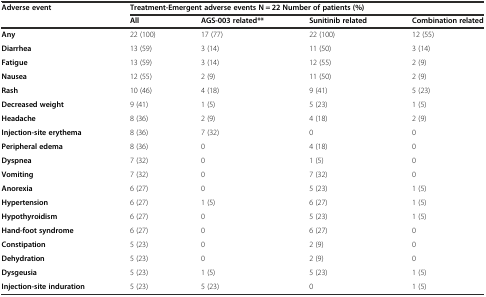
<table><thead><tr><td rowspan="2"><b>Adverse event</b></td><td colspan="4"><b>Treatment-Emergent adverse events N = 22 Number of patients (%)</b></td></tr><tr><td><b>All</b></td><td><b>AGS-003 related**</b></td><td><b>Sunitinib related</b></td><td><b>Combination related</b></td></tr></thead><tbody><tr><td><b>Any</b></td><td>22 (100)</td><td>17 (77)</td><td>22 (100)</td><td>12 (55)</td></tr><tr><td><b>Diarrhea</b></td><td>13 (59)</td><td>3 (14)</td><td>11 (50)</td><td>3 (14)</td></tr><tr><td><b>Fatigue</b></td><td>13 (59)</td><td>3 (14)</td><td>12 (55)</td><td>2 (9)</td></tr><tr><td><b>Nausea</b></td><td>12 (55)</td><td>2 (9)</td><td>11 (50)</td><td>2 (9)</td></tr><tr><td><b>Rash</b></td><td>10 (46)</td><td>4 (18)</td><td>9 (41)</td><td>5 (23)</td></tr><tr><td><b>Decreased weight</b></td><td>9 (41)</td><td>1 (5)</td><td>5 (23)</td><td>1 (5)</td></tr><tr><td><b>Headache</b></td><td>8 (36)</td><td>2 (9)</td><td>4 (18)</td><td>2 (9)</td></tr><tr><td><b>Injection-site erythema</b></td><td>8 (36)</td><td>7 (32)</td><td>0</td><td>0</td></tr><tr><td><b>Peripheral edema</b></td><td>8 (36)</td><td>0</td><td>4 (18)</td><td>0</td></tr><tr><td><b>Dyspnea</b></td><td>7 (32)</td><td>0</td><td>1 (5)</td><td>0</td></tr><tr><td><b>Vomiting</b></td><td>7 (32)</td><td>0</td><td>7 (32)</td><td>0</td></tr><tr><td><b>Anorexia</b></td><td>6 (27)</td><td>0</td><td>5 (23)</td><td>1 (5)</td></tr><tr><td><b>Hypertension</b></td><td>6 (27)</td><td>1 (5)</td><td>6 (27)</td><td>1 (5)</td></tr><tr><td><b>Hypothyroidism</b></td><td>6 (27)</td><td>0</td><td>5 (23)</td><td>1 (5)</td></tr><tr><td><b>Hand-foot syndrome</b></td><td>6 (27)</td><td>0</td><td>6 (27)</td><td>0</td></tr><tr><td><b>Constipation</b></td><td>5 (23)</td><td>0</td><td>2 (9)</td><td>0</td></tr><tr><td><b>Dehydration</b></td><td>5 (23)</td><td>0</td><td>2 (9)</td><td>0</td></tr><tr><td><b>Dysgeusia</b></td><td>5 (23)</td><td>1 (5)</td><td>5 (23)</td><td>1 (5)</td></tr><tr><td><b>Injection-site induration</b></td><td>5 (23)</td><td>5 (23)</td><td>0</td><td>1 (5)</td></tr></tbody></table>